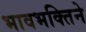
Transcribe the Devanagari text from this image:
भावभक्तिने